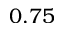
0 . 7 5